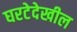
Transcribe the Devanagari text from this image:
घरटेदेखील